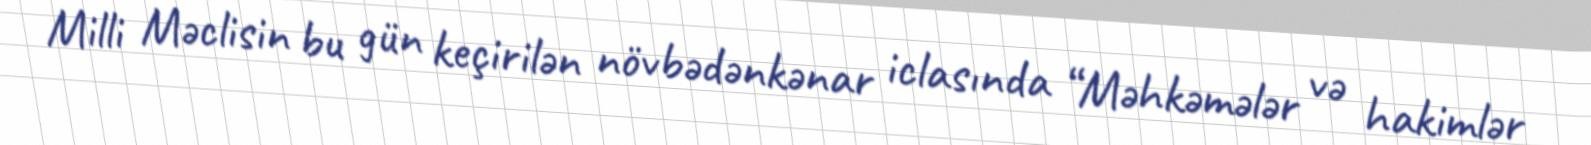
Milli Məclisin bu gün keçirilən növbədənkənar iclasında “Məhkəmələr və hakimlər